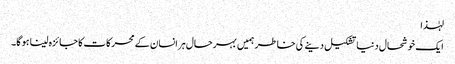
لہٰذا
ایک خوشحال دنیا تشکیل دینے کی خاطر ہمیں بہرحال ہر انسان کے محرکات کا جائزہ لینا ہو گا۔